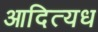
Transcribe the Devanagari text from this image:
आदित्यध